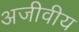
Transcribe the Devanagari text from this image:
अजीवीय